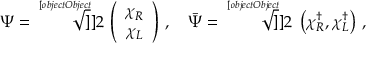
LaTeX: \Psi = \sqrt [ [object Object] ] ] { 2 } \, \left( \begin{array} { c } { { \chi _ { R } } } \\ { { \chi _ { L } } } \end{array} \right) \, , \quad \bar { \Psi } = \sqrt [ [object Object] ] ] { 2 } \; \left( \chi _ { R } ^ { \dag } , \chi _ { L } ^ { \dag } \right) \, ,